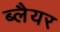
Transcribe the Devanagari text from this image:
ब्लैयर